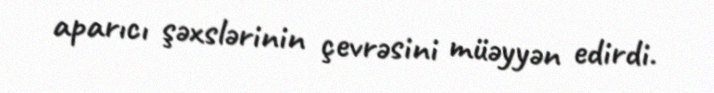
aparıcı şəxslərinin çevrəsini müəyyən edirdi.